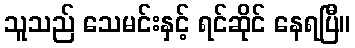
သူသည် သေမင်းနှင့် ရင်ဆိုင် နေရပြီ။